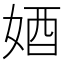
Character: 𡜳